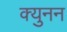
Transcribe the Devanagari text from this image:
क्युनन